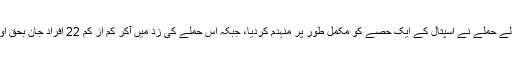
30 منٹ تک جاری رہنے والے حملے نے اسپتال کے ایک حصے کو مکمل طور پر منہدم کردیا، جبکہ اس حملے کی زد میں آکر کم از کم 22 افراد جان بحق اور درجنوں زخمی بھی ہوئے۔